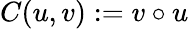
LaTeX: C(u,v):=v\circ u